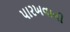
પારખવાની